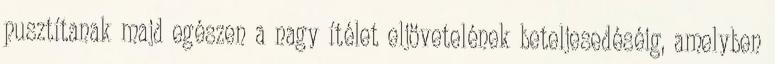
pusztítanak majd egészen a nagy ítélet eljövetelének beteljesedéséig, amelyben